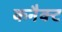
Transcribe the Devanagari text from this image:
कनैक्ट